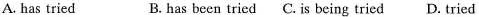
A. has tried B. has been tried C. is being tried D. tried